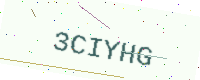
Text: 3CIYHG